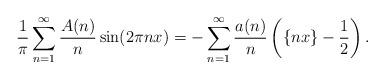
LaTeX: \begin{align*}\frac{1}{\pi}\sum_{n=1}^{\infty}\frac{A(n)}{n}\sin(2\pi n x)=-\sum_{n=1}^{\infty}\frac{a(n)}{n}\left(\{nx\}-\frac{1}{2}\right).\end{align*}